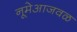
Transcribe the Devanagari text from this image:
नूमेआजवळ